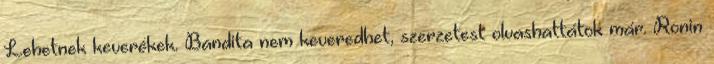
Lehetnek keverékek. Bandita nem keveredhet, szerzetest olvashattátok már. Ronin